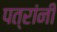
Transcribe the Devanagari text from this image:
पत्रांनी